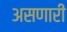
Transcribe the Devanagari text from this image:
असणारीं